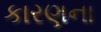
કારણના